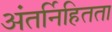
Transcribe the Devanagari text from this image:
अंतर्निहितता